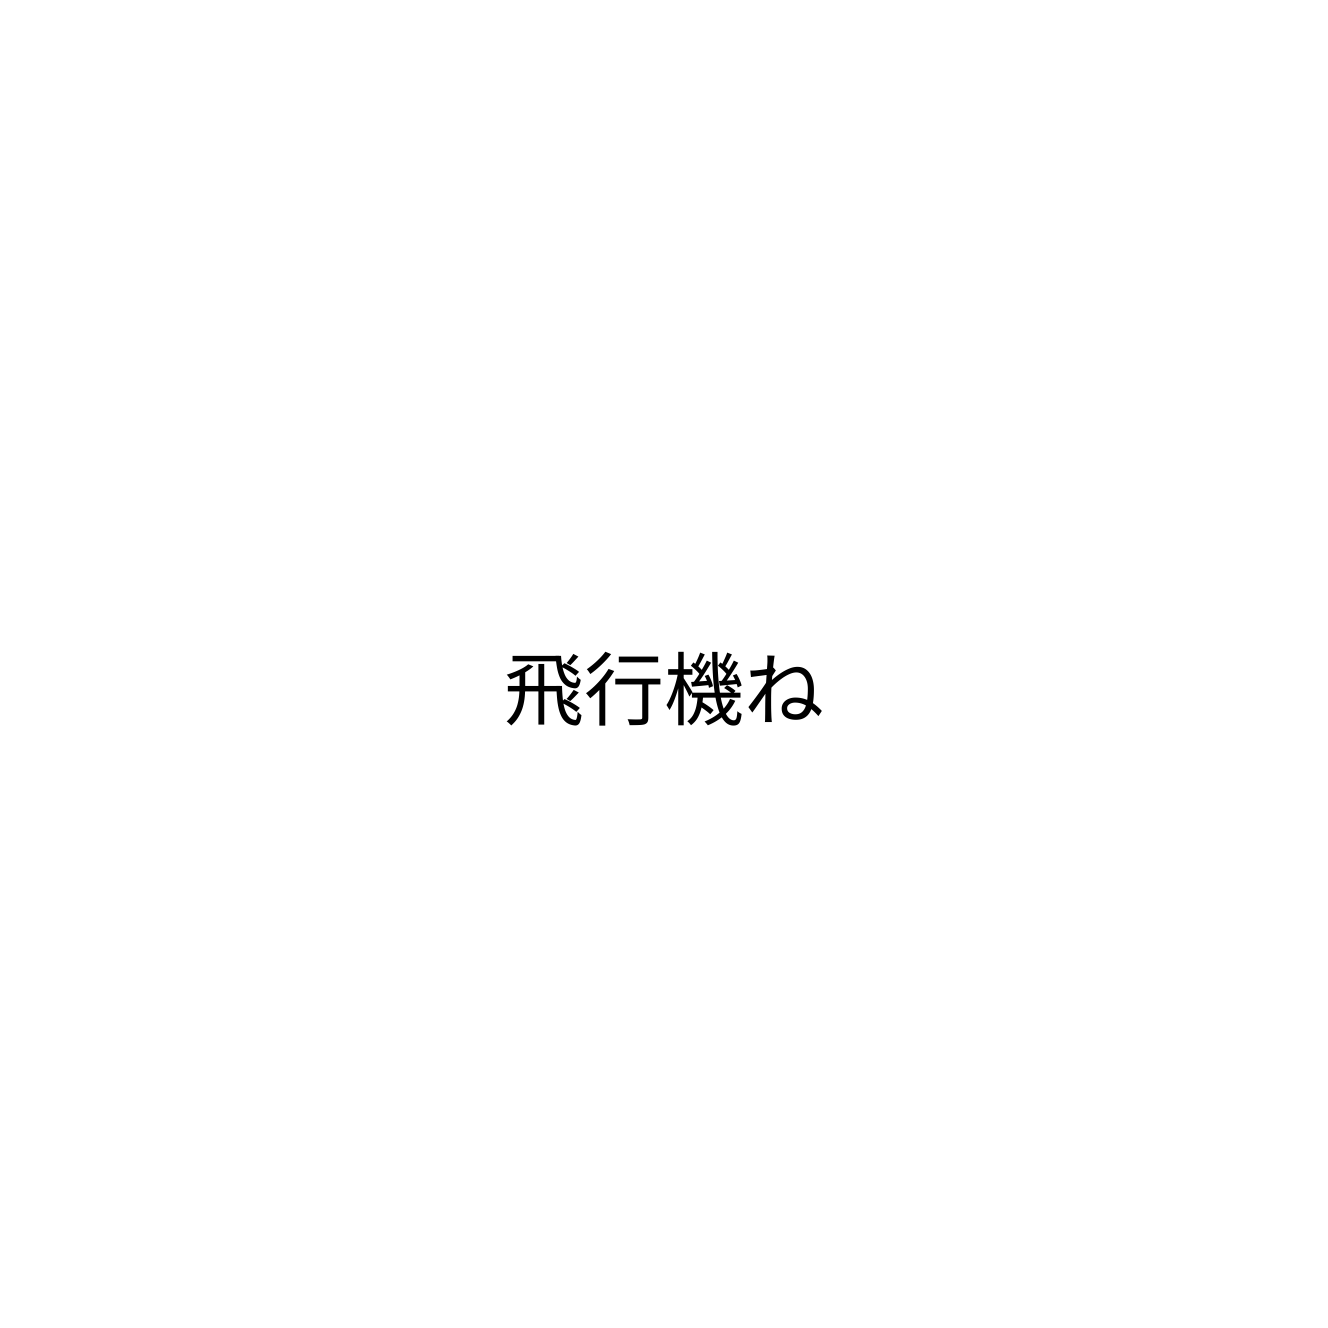
飛行機ね